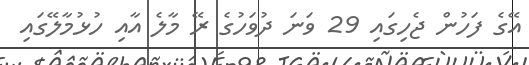
އޭގެ ފަހުން ޖެހިގައި 29 ވަނަ ދުވަހުގެ ރޭ މާލެ އާއި ހުޅުމާލޭގައި